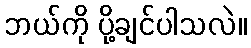
ဘယ်ကို ပို့ချင်ပါသလဲ။